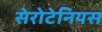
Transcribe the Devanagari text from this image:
सेरोटेनियस